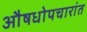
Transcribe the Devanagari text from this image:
औषधोपचारांत